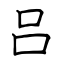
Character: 吕